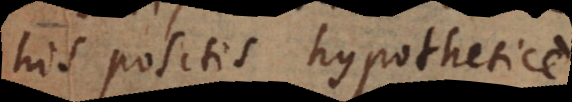
his positis hypothetice